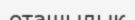
оташылык